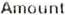
AMOUNT